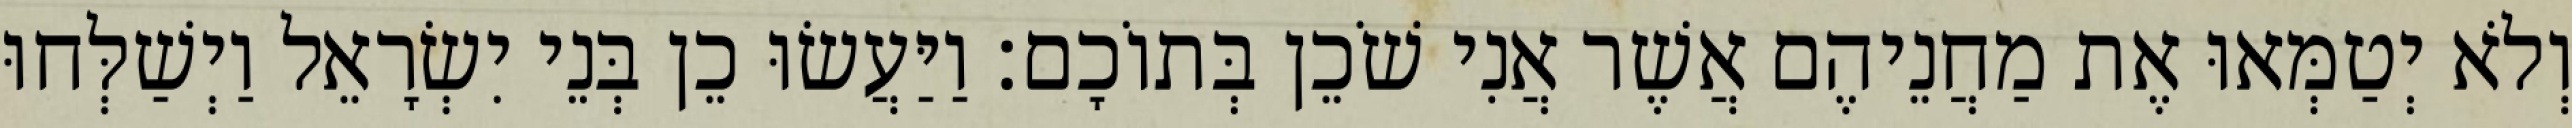
וְלֹא יְטַמְּאוּ אֶת מַחֲנֵיהֶם אֲשֶׁר אֲנִי שֹׁכֵן בְּתוֹכָם׃ וַיַּעֲשׂוּ כֵן בְּנֵי יִשְׂרָאֵל וַיְשַׁלְּחוּ